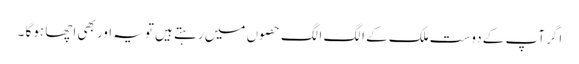
اگر آپ کے دوست ملک کے الگ الگ حصوں میں رہتے ہیں تویہ اور بھی اچھا ہوگا ۔